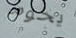
يحوم